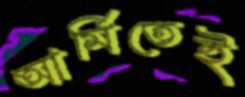
আর্মিতেই